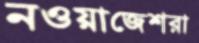
নওয়াজেশরা